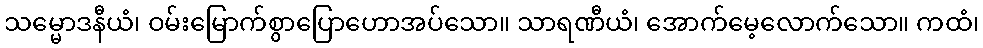
သမ္မောဒနီယံ၊ ဝမ်းမြောက်စွာပြောဟောအပ်သော။ သာရဏီယံ၊ အောက်မေ့လောက်သော။ ကထံ၊